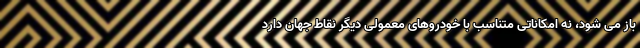
باز می شود، نه امکاناتی متناسب با خودروهای معمولی دیگر نقاط جهان دارد